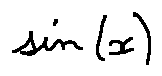
\sin ( x )